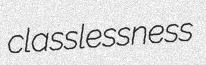
classlessness